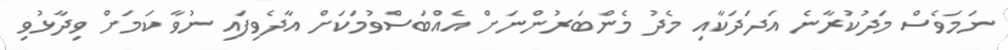
ނަމަވެސް މަދުކުރާނެ އަދަދަކާއި މެދު މެންބަރުންނަށް އެއްބަސްވުމަކަށް އާދެވިފައި ނުވާ ކަމަށް ވިދާޅުވި